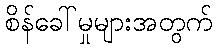
စိန်ခေါ်မှုများအတွက်